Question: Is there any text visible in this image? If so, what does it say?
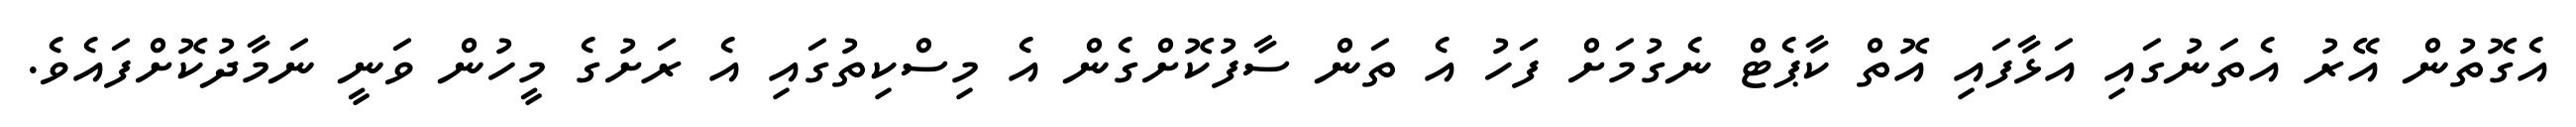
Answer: އެގޮތުން އޭރު އެތަނުގައި އަޅާފައި އޮތް ކާޕެޓް ނެގުމަށް ފަހު އެ ތަން ސާފުކޮށްގެން އެ މިސްކިތުގައި އެ ރަށުގެ މީހުން ވަނީ ނަމާދުކޮށްފައެވެ.